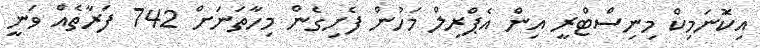
އިކޮަނަމިކް މިނިސްޓްރީ އިން އެޕްރިލް މަހުން ފެށިގެން މިހާތަނަށް 742 ފަރާތެއް ވަނީ